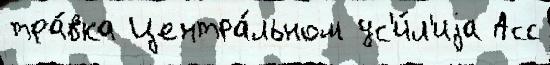
тра́вка Центра́льном ус'и́л'иjа Асс